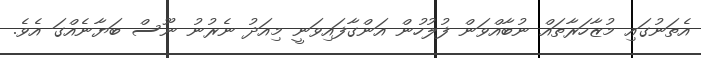
އެތަނުގައި މުޒާހަރާތައް ނުބާއްވަން ފުލުހުން އަންގާފައިވަނީ މިއަދު ނެރުނު ނޫސް ބަޔާނެއްގަ އެެވެ.